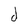
Character: d